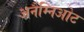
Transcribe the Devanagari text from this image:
अनैम्निओट